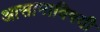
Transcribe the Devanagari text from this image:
आसामाविषयी